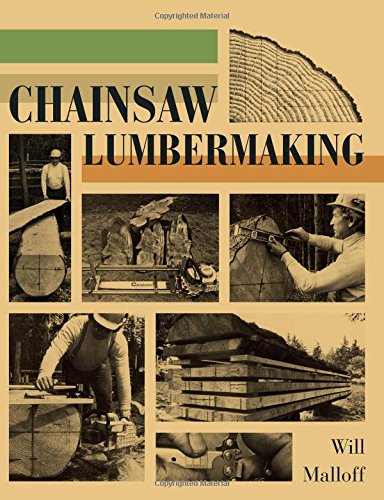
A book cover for Chainsaw Lumbermaking; Will Malloff; Science & Math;